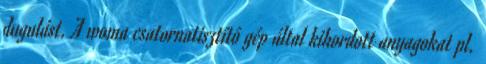
dugulást. A woma csatornatisztító gép által kihordott anyagokat pl.